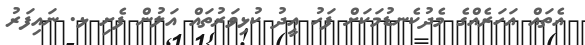
އެތައް އަހަރެއްގެ މެދުކެނޑުމަކަށް ފަހު އީދު ކުޅިވަރުތައް އަލުން ފެށި ޅ. ނައިފަރު